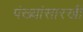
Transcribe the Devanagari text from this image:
पंख्यांसारखी